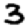
Digit: 3